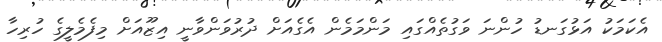
އެކަމަކު އަޅުގަނޑު ހުންނަ ވަގުތެއްގައި މަންމަމެން އެގެއަށް ދުރުވަންވާނީ އިޒޫއަށް މިފެމެލީގެ ހުރިހާ